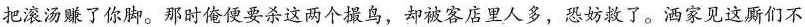
把滚汤赚了你脚。那时俺便要杀这两个撮鸟，却被客店里人多，恐妨救了。洒家见这厮们不